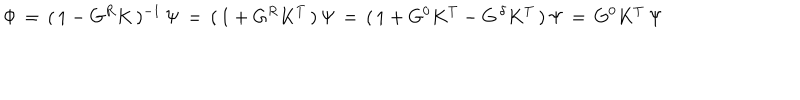
LaTeX: \Phi \, = \, ( \, 1 - G ^ { R } K \, ) ^ { - 1 } \, \Psi \, = \, ( \, 1 + G ^ { R } K ^ { T } \, ) \, \Psi \, = \, ( \, 1 + G ^ { 0 } K ^ { T } - G ^ { \, \delta } K ^ { T } \, ) \, \Psi \, = \, G ^ { 0 } K ^ { T } \, \Psi